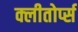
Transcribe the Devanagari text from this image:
क्लीतोर्प्स